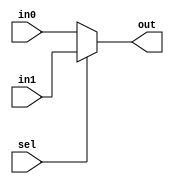
/******************************************************************************************************************

This source code is a work of its author. No part of it should be copied and pasted for any commercial purpose. 
This code is purely for educational purposes. If required, this code can be cloned from GitHub repository.

Filename	: mux2to1.v

Description	: 2:1 Multiplexer Design

Author Name	: Deep Kar Sarkar

Version		: 1.0

*******************************************************************************************************************/

module mux2to1(in0,in1,sel,out);

	//Defining the input and output ports
	input in0, in1, sel;
	output out;
	
	//Assign the output ports with the required logic using data-flow abstraction
	assign out = sel ? in1 : in0;
	
	//Assign the output ports with the required logic using blocking assignment and switch-case
	/*always @(*)
	begin
		case(sel)
			1'b0: out = in0;
			1'b1: out = in1;
			default: out = 1'b0;
		endcase
	end*/
	
endmodule